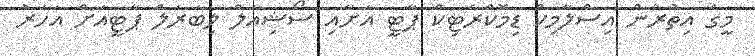
މީގެ އިތުރުން އިސްލާމިކް ޑިމޮކްރެޓިކް ޕާޓީ އަށާއި ސޯޝިއަލް ލިބަރަލް ޕާޓީއަށް އަހަރު